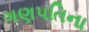
ગણપતિના